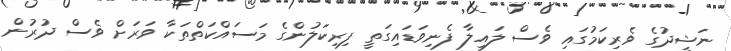
ނަޝީދުގެ ވެރިކަމުގައި ވެސް ލައިލާ ފެނިވަޑައިގަތީ ފިރިކަލުންގެ މަސައްކަތްތަކާ ވަރަށް ވެސް ދުރުން